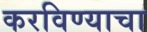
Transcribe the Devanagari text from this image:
करविण्याचा